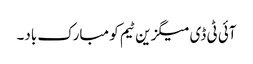
آئی ٹی ڈی میگزین ٹیم کو مبارک باد۔